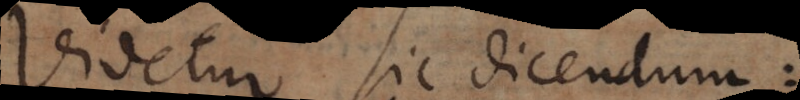
Videtur sic dicendum: